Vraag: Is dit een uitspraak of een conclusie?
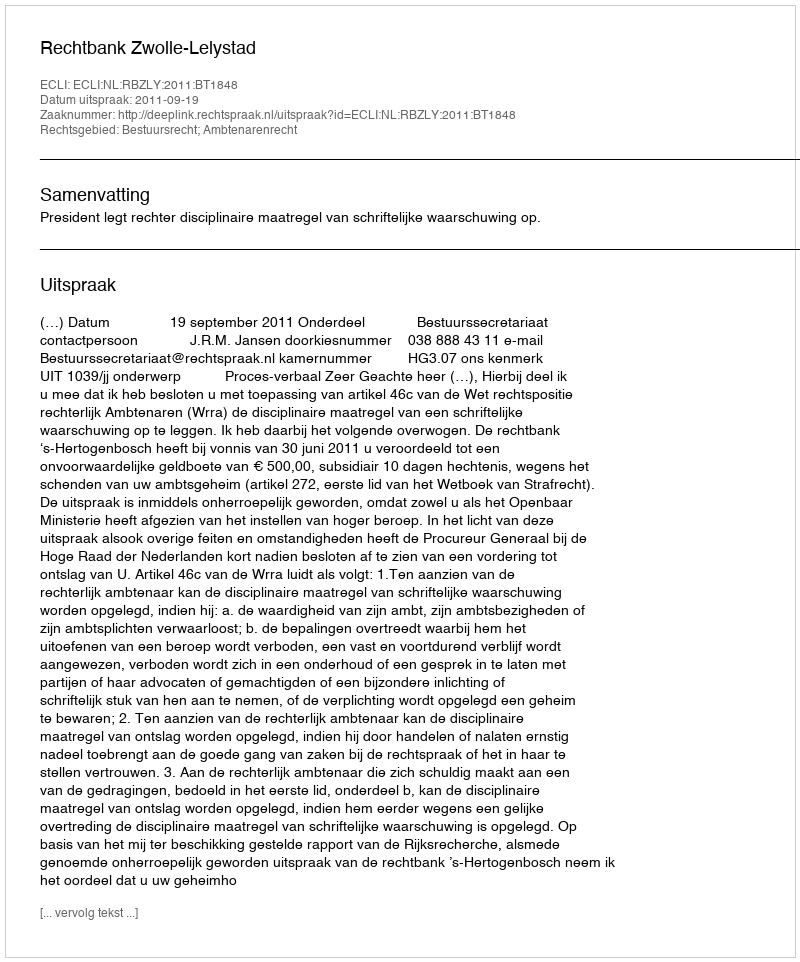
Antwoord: Uitspraak